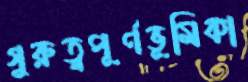
গুরুত্বপূর্ণভূমিকা